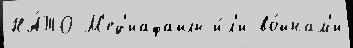
НА́ТО М'ед'иафайлы и́л'и во́йнам'и